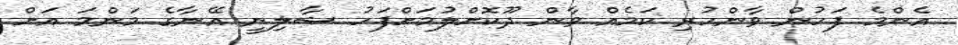
އެންމެ ފަހުން ވާންހުރި ކަމެއް ވާން ދޫކޮށްލުމަށްފަހު ޝާލިނީ އޭނާގެ މަންމަ އަށް